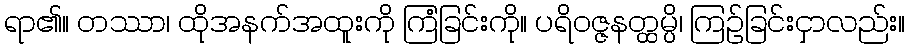
ရာ၏။ တဿာ၊ ထိုအနက်အထူးကို ကြံခြင်းကို။ ပရိဝဇ္ဇနတ္ထမ္ပိ၊ ကြဉ်ခြင်းငှာလည်း။